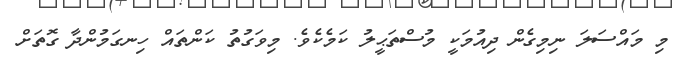
މި މައްސަލަ ނިމިގެން ދިއުމަކީ މުސްތަޙީލު ކަމެކެވެ. މިވަގުތު ކަންތައް ހިނގަމުންދާ ގޮތަށް